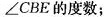
∠CBE的度数；